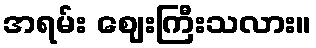
အရမ်း ဈေးကြီးသလား။